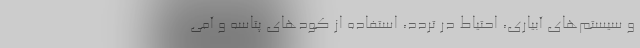
و سیستم‌های آبیاری، احتیاط در تردد، استفاده از کودهای پتاسه و آمی